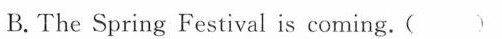
B.The Spring Festival is coming. ( )